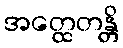
အတ္ထေတန္တိ